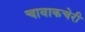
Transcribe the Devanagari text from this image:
चावाकचेरी